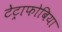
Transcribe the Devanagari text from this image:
टेट्राफोबिया